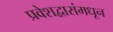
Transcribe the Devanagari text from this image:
प्रवेशद्वारांमधून